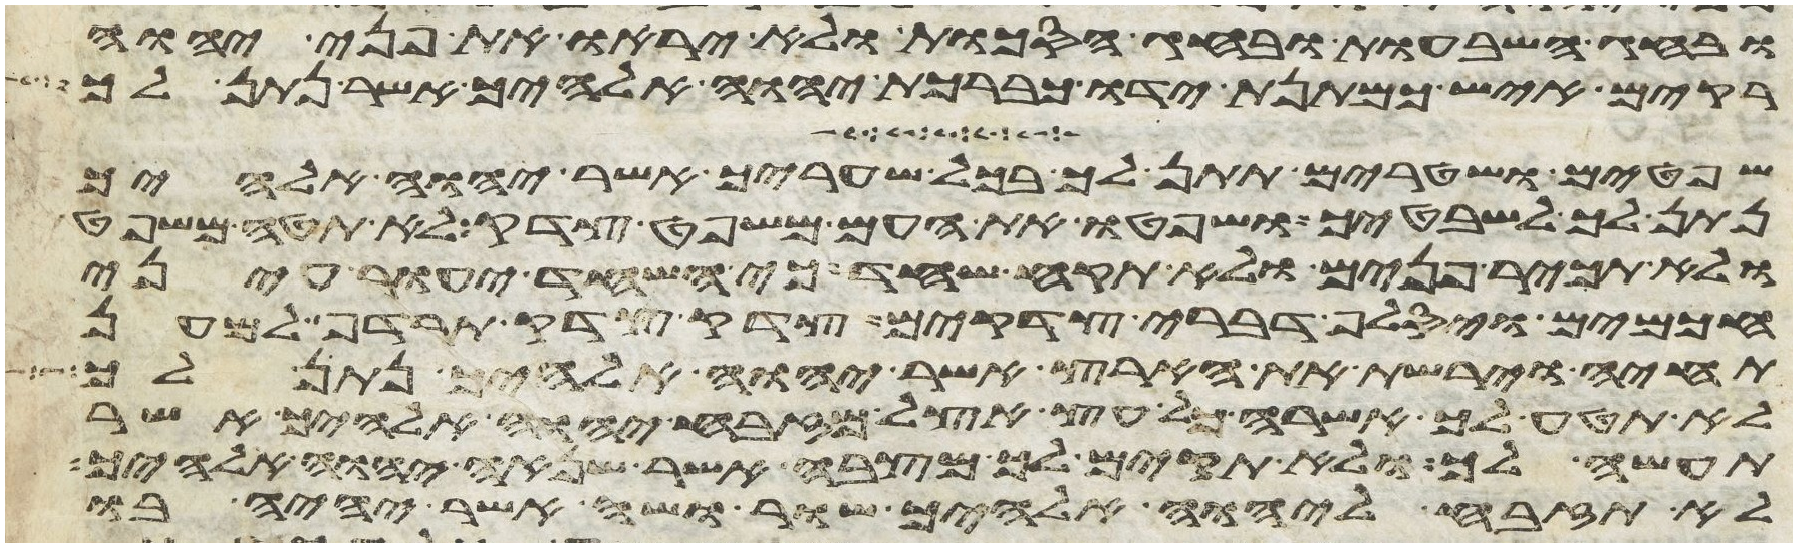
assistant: ובחג השבעות ובחג הסכות ולא יראו את פני יהוה
רקים איש כמתנת ידו כברכת יהוה אלהיך אשר נתן לך
שפטים ושטרים תתן לך בכל שעריך אשר יהוה אלהיך
נתן לך לשבטיך ושפטו את העם משפט צדק לא תטה משפט
ולא תכיר פנים ולא תקח שחד כי השחד יעור עיני
חכמים ויסלף דברי צדקים צדק צדק תרדף למען
תחיה וירשת את הארץ אשר יהוה אלהיך נתן לך
לא תטע לך אשרה כל עץ אצל מזבח יהוה אלהיך אשר
תעשה לך ולא תקים לך מצבה אשר שנאה יהוה אלהיך
לא תזבח ליהוה אלהיך שור ושה אשר יהיה בו